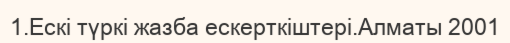
1.Ескі түркі жазба ескерткіштері.Алматы 2001